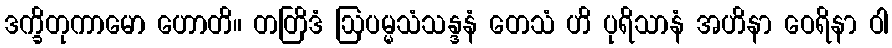
ဒက္ခိတုကာမော ဟောတိ။ တတြိဒံ ဩပမ္မသံသန္ဒနံ တေသံ ဟိ ပုရိသာနံ အဟိနာ ဝေရိနာ ဝါ